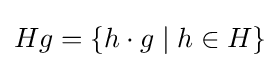
Hg=\{h\cdot g\mid h\in H\}